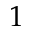
1